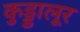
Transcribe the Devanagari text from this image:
कुड्डालूर